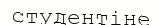
студентіне